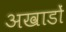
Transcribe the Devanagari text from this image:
अखाडों